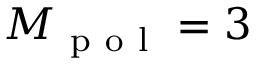
M _ { \mathrm { ~ p ~ o ~ l ~ } } = 3